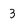
Character: 3